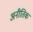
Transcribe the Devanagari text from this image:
अनीतिक